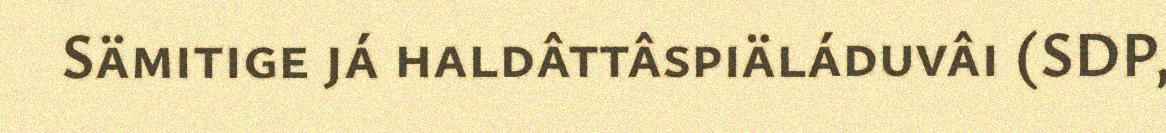
Sämitige já haldâttâspiäláduvâi (SDP,